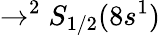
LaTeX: \rightarrow^{2}S_{1/2}(8s^{1})